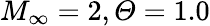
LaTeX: M_{\infty}=2,\mathit{\Theta}=1.0